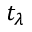
t _ { \lambda }